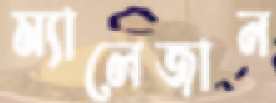
ম্যালেজান